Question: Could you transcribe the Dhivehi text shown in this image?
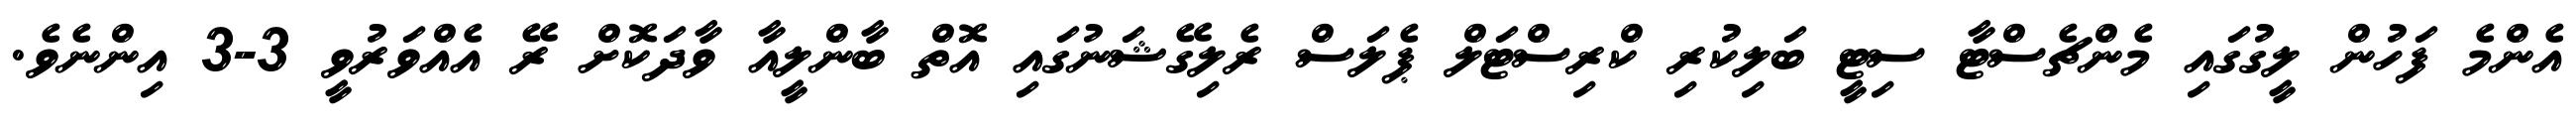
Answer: އެންމެ ފަހުން ލީގުގައި މެންޗެސްޓާ ސިޓީ ބަލިކުރި ކްރިސްޓަލް ޕެލަސް ރެލިގޭޝަނުގައި އޮތް ބާންލީއާ ވާދަކޮށް ރޭ އެއްވަރުވީ 3-3 އިންނެވެ.